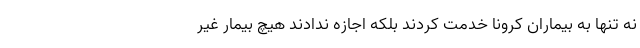
نه تنها به بیماران کرونا خدمت کردند بلکه اجازه ندادند هیچ بیمار غیر